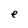
Character: e